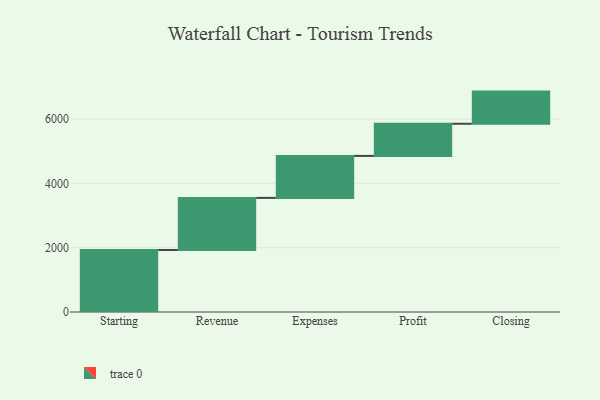
{"axis": {"x": "Step", "y": "Value"}, "legend": [""], "data": [{"x": "Starting", "y": 1929.0, "type": ""}, {"x": "Revenue", "y": 1620.0, "type": ""}, {"x": "Expenses", "y": 1305.0, "type": ""}, {"x": "Profit", "y": 1000, "type": ""}, {"x": "Closing", "y": 1000, "type": ""}]}